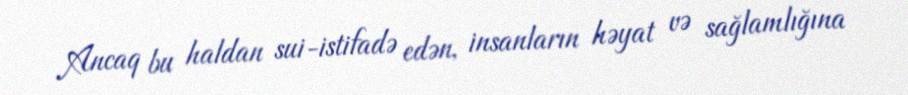
Ancaq bu haldan sui-istifadə edən, insanların həyat və sağlamlığına